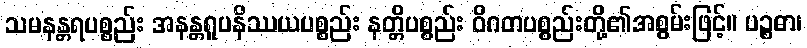
သမနန္တရပစ္စည်း အနန္တရူပနိဿယပစ္စည်း နတ္တိပစ္စည်း ဝိဂတပစ္စည်းတို့၏အစွမ်းဖြင့်။ ပဉ္စဓာ၊